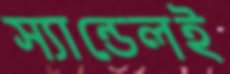
স্যান্ডেলই